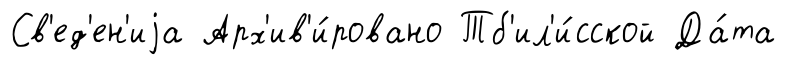
Св'ед'ен'иjа Арх'ив'и́ровано Тб'ил'и́сской Да́та